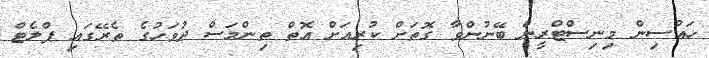
ހައުސިން މިނިސްޓްރީން ބޭނުންވާ ގޮތަށް ކުރިއަށް އޮތް ތިންމަސް ދުވަހުގެ ތެރޭގައި ޕްލެޓް